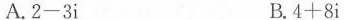
A.$$2 - 3 i$$ B.$$4 + 8 i$$